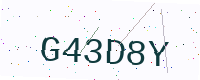
Text: G43D8Y